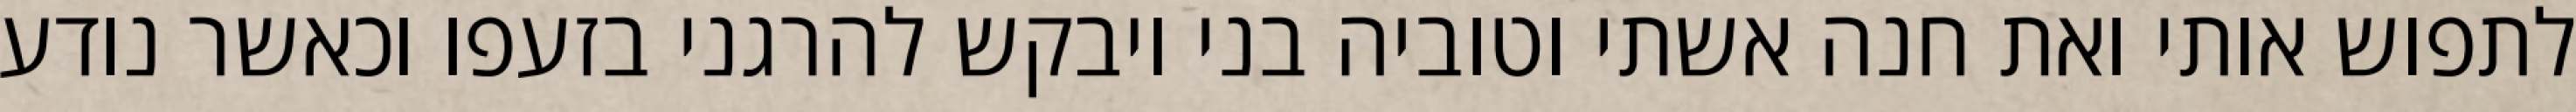
לתפוש אותי ואת חנה אשתי וטוביה בני ויבקש להרגני בזעפו וכאשר נודע